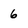
Character: 6